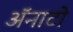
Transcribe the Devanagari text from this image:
ॲनाटो